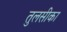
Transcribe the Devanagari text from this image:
तुलसीका